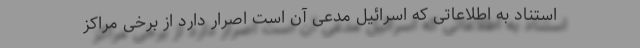
استناد به اطلاعاتی که اسرائیل مدعی آن است اصرار دارد از برخی مراکز